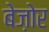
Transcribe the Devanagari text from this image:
बेज़ोर